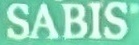
SABIS